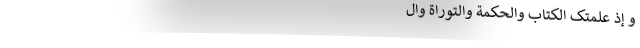
و َإِذْ عَلَّمْتُکَ الْکِتَابَ وَالْحِکْمَةَ وَالتَّوْرَاةَ وَالْ